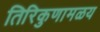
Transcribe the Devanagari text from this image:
तिरिकुणामळय